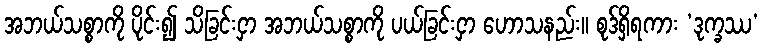
အဘယ်သစ္စာကို ပိုင်း၍ သိခြင်းငှာ အဘယ်သစ္စာကို ပယ်ခြင်းငှာ ဟောသနည်း။ စုဒ်ရှိရကား ‘ဒုက္ခဿ’